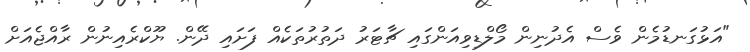
"އަޅުގަނޑުމެން ވެސް އެދުނިން މޯލްޑިވިއަންގައި ޗާޓަރު ދަތުރުތަކެއް ފަށައި ދޭން. ޔޫކްރެއިނުން ރާއްޖެއަށް